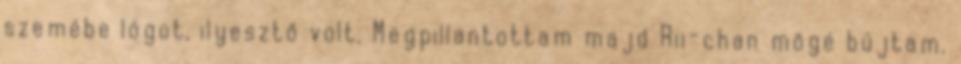
szemébe lógot, ilyesztő volt. Megpillantottam majd Rii-chan mögé bújtam.